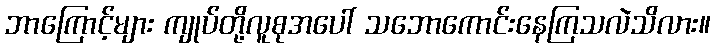
ဘာကြောင့်များ ကျုပ်တို့လူစုအပေါ် သဘောကောင်းနေကြသလဲသိလား။